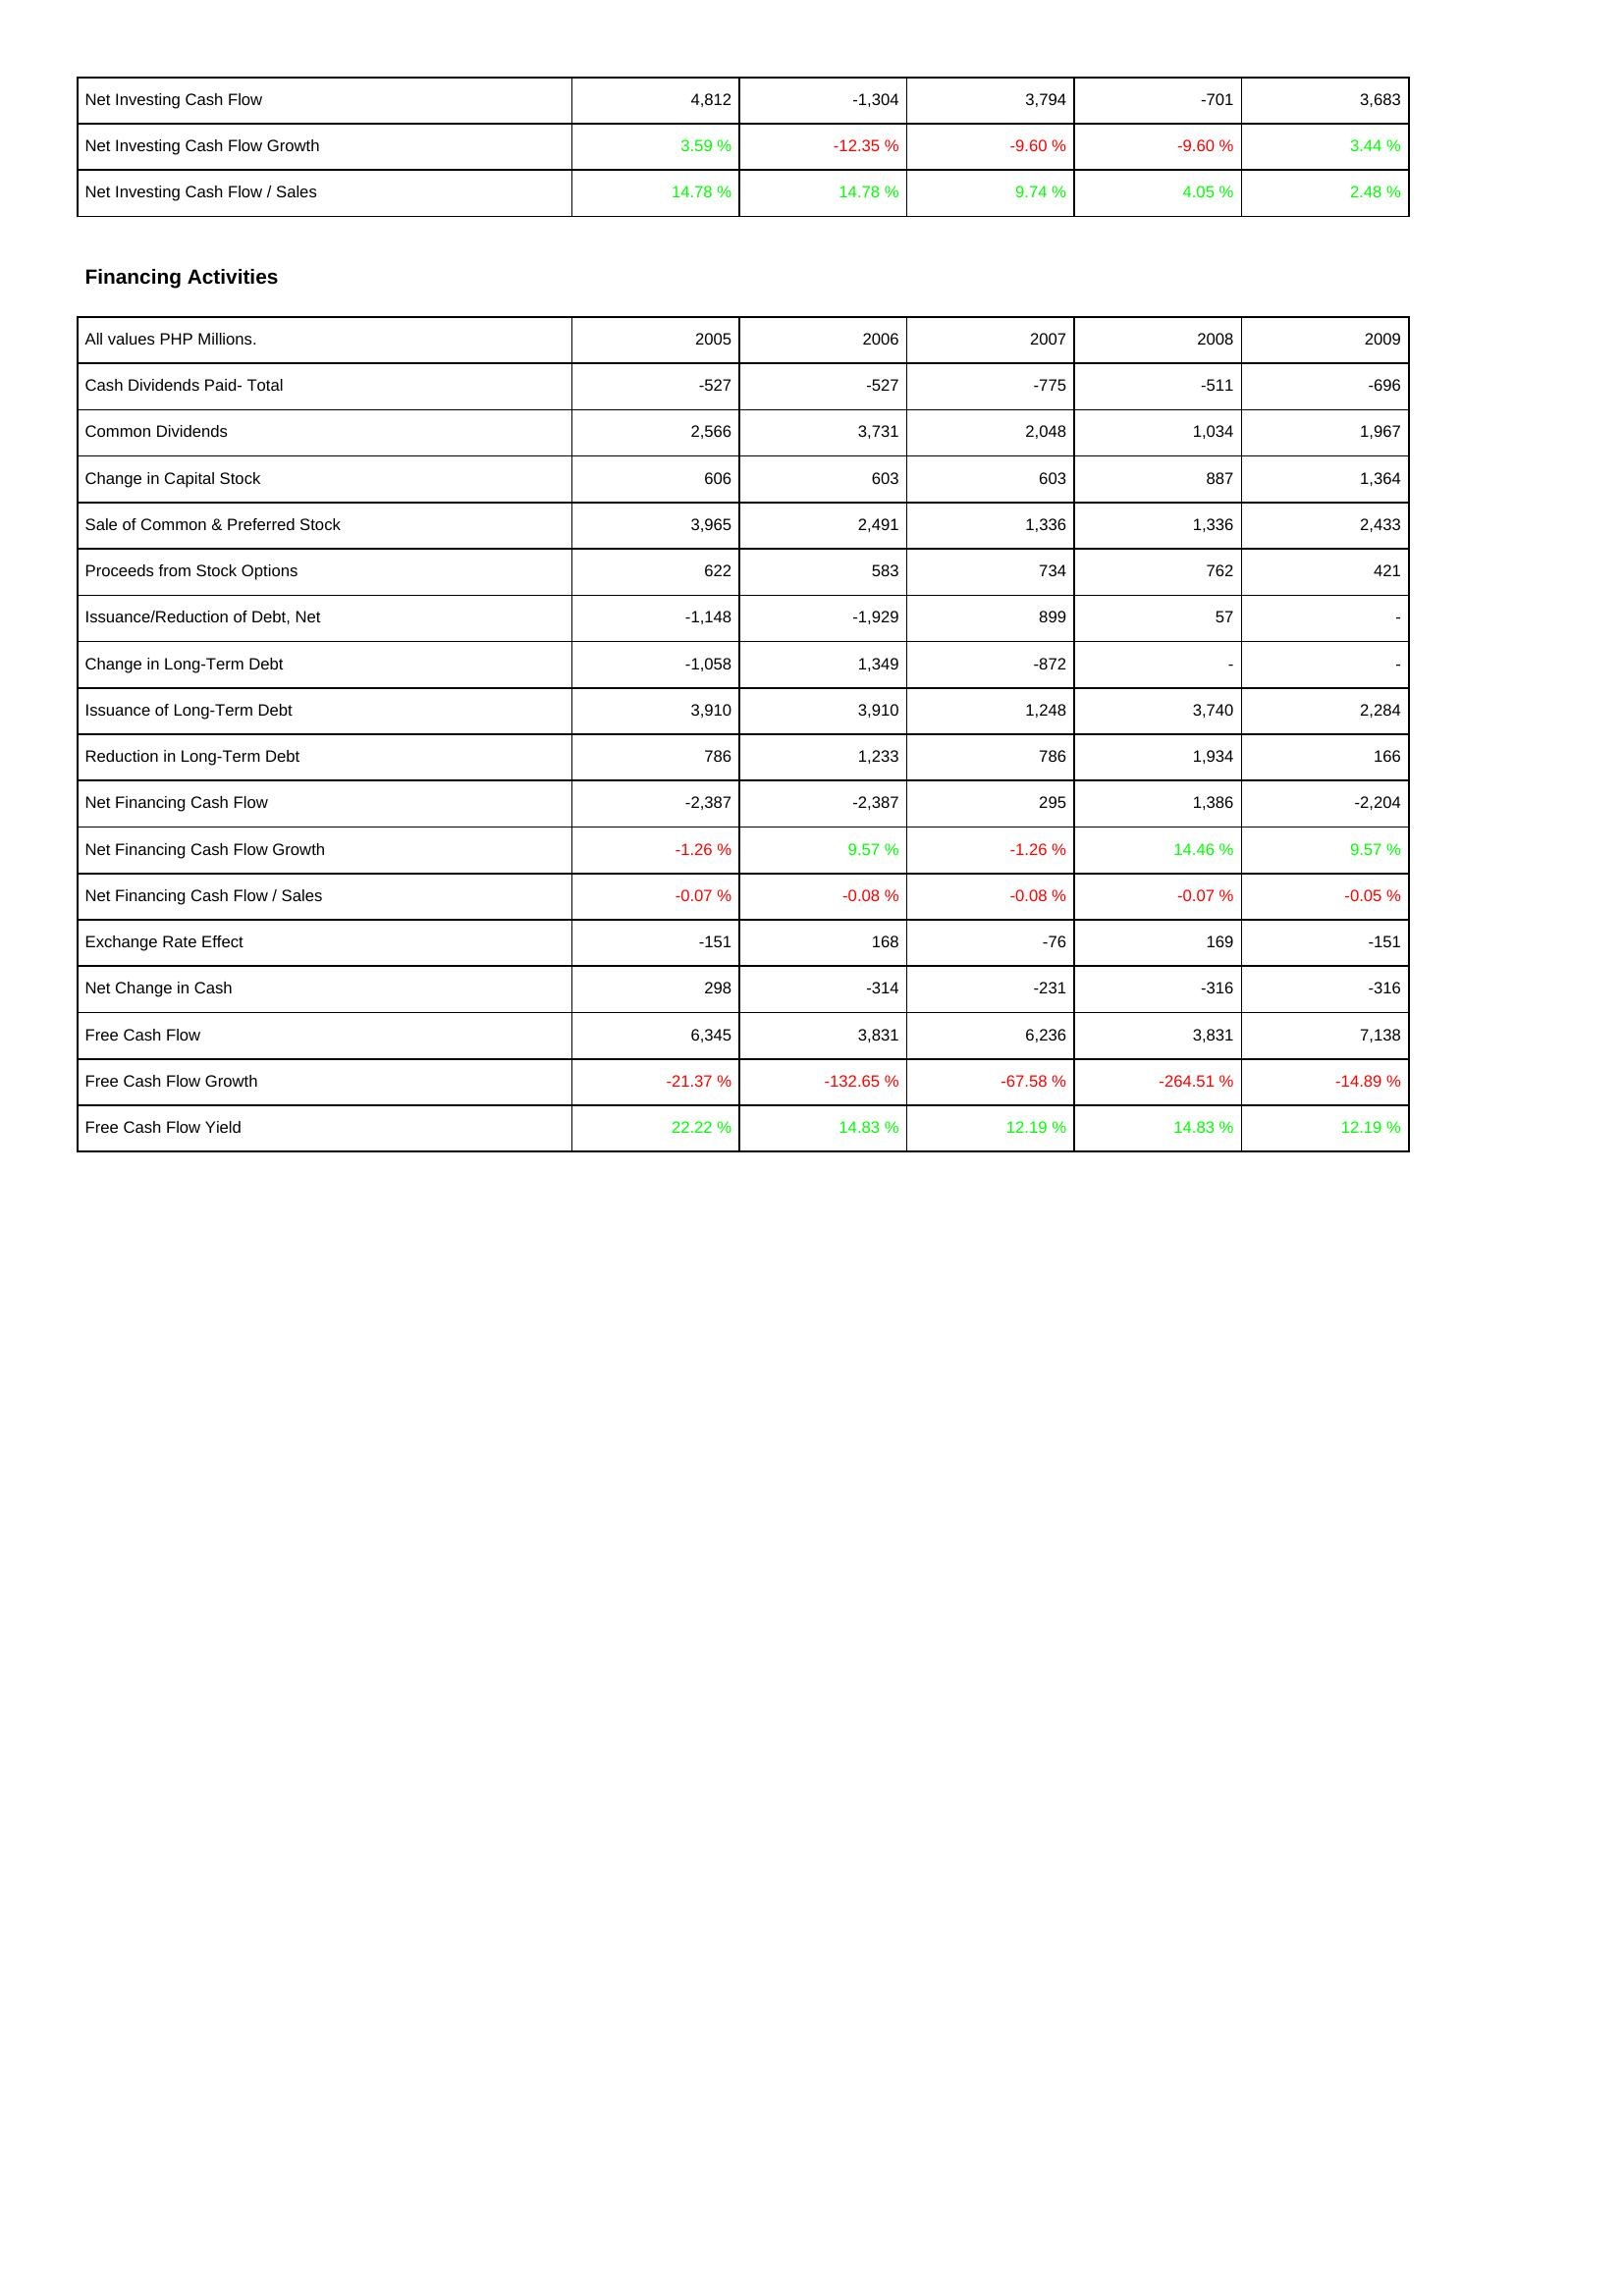
2005: Investing Activities: Net Investing Cash Flow: 4,812
Net Investing Cash Flow Growth: 3.59 %
Net Investing Cash Flow / Sales: 14.78 %
Financing Activities: Cash Dividends Paid- Total: -527
Common Dividends: 2,566
Change in Capital Stock: 606
Sale of Common & Preferred Stock: 3,965
Proceeds from Stock Options: 622
Issuance/Reduction of Debt, Net: -1,148
Change in Long-Term Debt: -1,058
Issuance of Long-Term Debt: 3,910
Reduction in Long-Term Debt: 786
Net Financing Cash Flow: -2,387
Net Financing Cash Flow Growth: -1.26 %
Net Financing Cash Flow / Sales: -0.07 %
Exchange Rate Effect: -151
Net Change in Cash: 298
Free Cash Flow: 6,345
Free Cash Flow Growth: -21.37 %
Free Cash Flow Yield: 22.22 %
2006: Investing Activities: Net Investing Cash Flow: -1,304
Net Investing Cash Flow Growth: -12.35 %
Net Investing Cash Flow / Sales: 14.78 %
Financing Activities: Cash Dividends Paid- Total: -527
Common Dividends: 3,731
Change in Capital Stock: 603
Sale of Common & Preferred Stock: 2,491
Proceeds from Stock Options: 583
Issuance/Reduction of Debt, Net: -1,929
Change in Long-Term Debt: 1,349
Issuance of Long-Term Debt: 3,910
Reduction in Long-Term Debt: 1,233
Net Financing Cash Flow: -2,387
Net Financing Cash Flow Growth: 9.57 %
Net Financing Cash Flow / Sales: -0.08 %
Exchange Rate Effect: 168
Net Change in Cash: -314
Free Cash Flow: 3,831
Free Cash Flow Growth: -132.65 %
Free Cash Flow Yield: 14.83 %
2007: Investing Activities: Net Investing Cash Flow: 3,794
Net Investing Cash Flow Growth: -9.60 %
Net Investing Cash Flow / Sales: 9.74 %
Financing Activities: Cash Dividends Paid- Total: -775
Common Dividends: 2,048
Change in Capital Stock: 603
Sale of Common & Preferred Stock: 1,336
Proceeds from Stock Options: 734
Issuance/Reduction of Debt, Net: 899
Change in Long-Term Debt: -872
Issuance of Long-Term Debt: 1,248
Reduction in Long-Term Debt: 786
Net Financing Cash Flow: 295
Net Financing Cash Flow Growth: -1.26 %
Net Financing Cash Flow / Sales: -0.08 %
Exchange Rate Effect: -76
Net Change in Cash: -231
Free Cash Flow: 6,236
Free Cash Flow Growth: -67.58 %
Free Cash Flow Yield: 12.19 %
2008: Investing Activities: Net Investing Cash Flow: -701
Net Investing Cash Flow Growth: -9.60 %
Net Investing Cash Flow / Sales: 4.05 %
Financing Activities: Cash Dividends Paid- Total: -511
Common Dividends: 1,034
Change in Capital Stock: 887
Sale of Common & Preferred Stock: 1,336
Proceeds from Stock Options: 762
Issuance/Reduction of Debt, Net: 57
Change in Long-Term Debt: -
Issuance of Long-Term Debt: 3,740
Reduction in Long-Term Debt: 1,934
Net Financing Cash Flow: 1,386
Net Financing Cash Flow Growth: 14.46 %
Net Financing Cash Flow / Sales: -0.07 %
Exchange Rate Effect: 169
Net Change in Cash: -316
Free Cash Flow: 3,831
Free Cash Flow Growth: -264.51 %
Free Cash Flow Yield: 14.83 %
2009: Investing Activities: Net Investing Cash Flow: 3,683
Net Investing Cash Flow Growth: 3.44 %
Net Investing Cash Flow / Sales: 2.48 %
Financing Activities: Cash Dividends Paid- Total: -696
Common Dividends: 1,967
Change in Capital Stock: 1,364
Sale of Common & Preferred Stock: 2,433
Proceeds from Stock Options: 421
Issuance/Reduction of Debt, Net: -
Change in Long-Term Debt: -
Issuance of Long-Term Debt: 2,284
Reduction in Long-Term Debt: 166
Net Financing Cash Flow: -2,204
Net Financing Cash Flow Growth: 9.57 %
Net Financing Cash Flow / Sales: -0.05 %
Exchange Rate Effect: -151
Net Change in Cash: -316
Free Cash Flow: 7,138
Free Cash Flow Growth: -14.89 %
Free Cash Flow Yield: 12.19 %